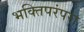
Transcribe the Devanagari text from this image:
भक्तिपरंपरा